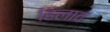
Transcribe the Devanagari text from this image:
हिलाव